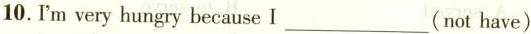
10.I'm very hungry because I ___(not have)